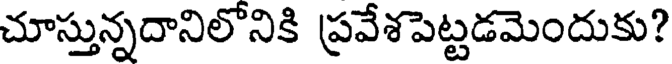
చూస్తున్నదానిలొనికి ప్రవేశపెట్టడమెందుకు?